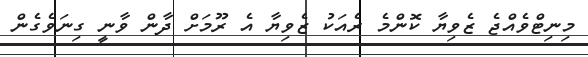
މިނިޓްވެއްޖެ ޒެވިޔާ ކޮންމެ ރެއަކު ޒެވިޔާ އެ ރޫމަށް ދާން ވާނީ ގިނަވެގެން